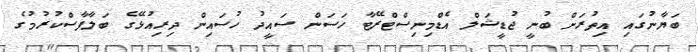
ބަޔާނުގައި އިތުރަށް ބުނީ ޖުޑީޝަލް އެޑްމިނިސްޓްރޭޓާ ހަސަން ސައީދު ހުސައިން ދިރިއުޅޭގެ ބަލާފާސްކުރުމުގެ